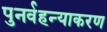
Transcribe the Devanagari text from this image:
पुनर्वहन्‍याकरण